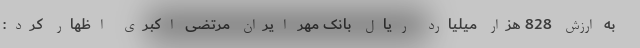
به ارزش 828 هزار میلیارد ریال بانک مهر ایران مرتضی اکبری اظهار کرد: